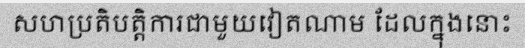
សហប្រតិបត្តិការជាមួយវៀតណាម ដែលក្នុងនោះ